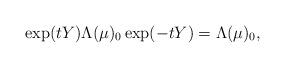
LaTeX: \begin{align*}\exp (t Y) \Lambda (\mu)_0 \exp (-tY) =\Lambda (\mu)_0,\end{align*}